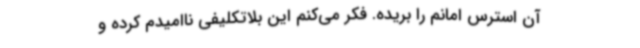
آن استرس امانم را بریده. فکر می‌کنم این بلاتکلیفی ناامیدم کرده و